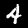
Label: 4